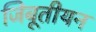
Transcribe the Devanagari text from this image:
जिबूतीयन